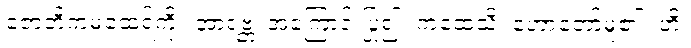
ဇောတိကမထေရ်ကို။ အာရဗ္ဘ၊ အကြောင်းပြု၍။ ကထေသိ၊ ဟောတော်မူ၏။ ဟိ၊